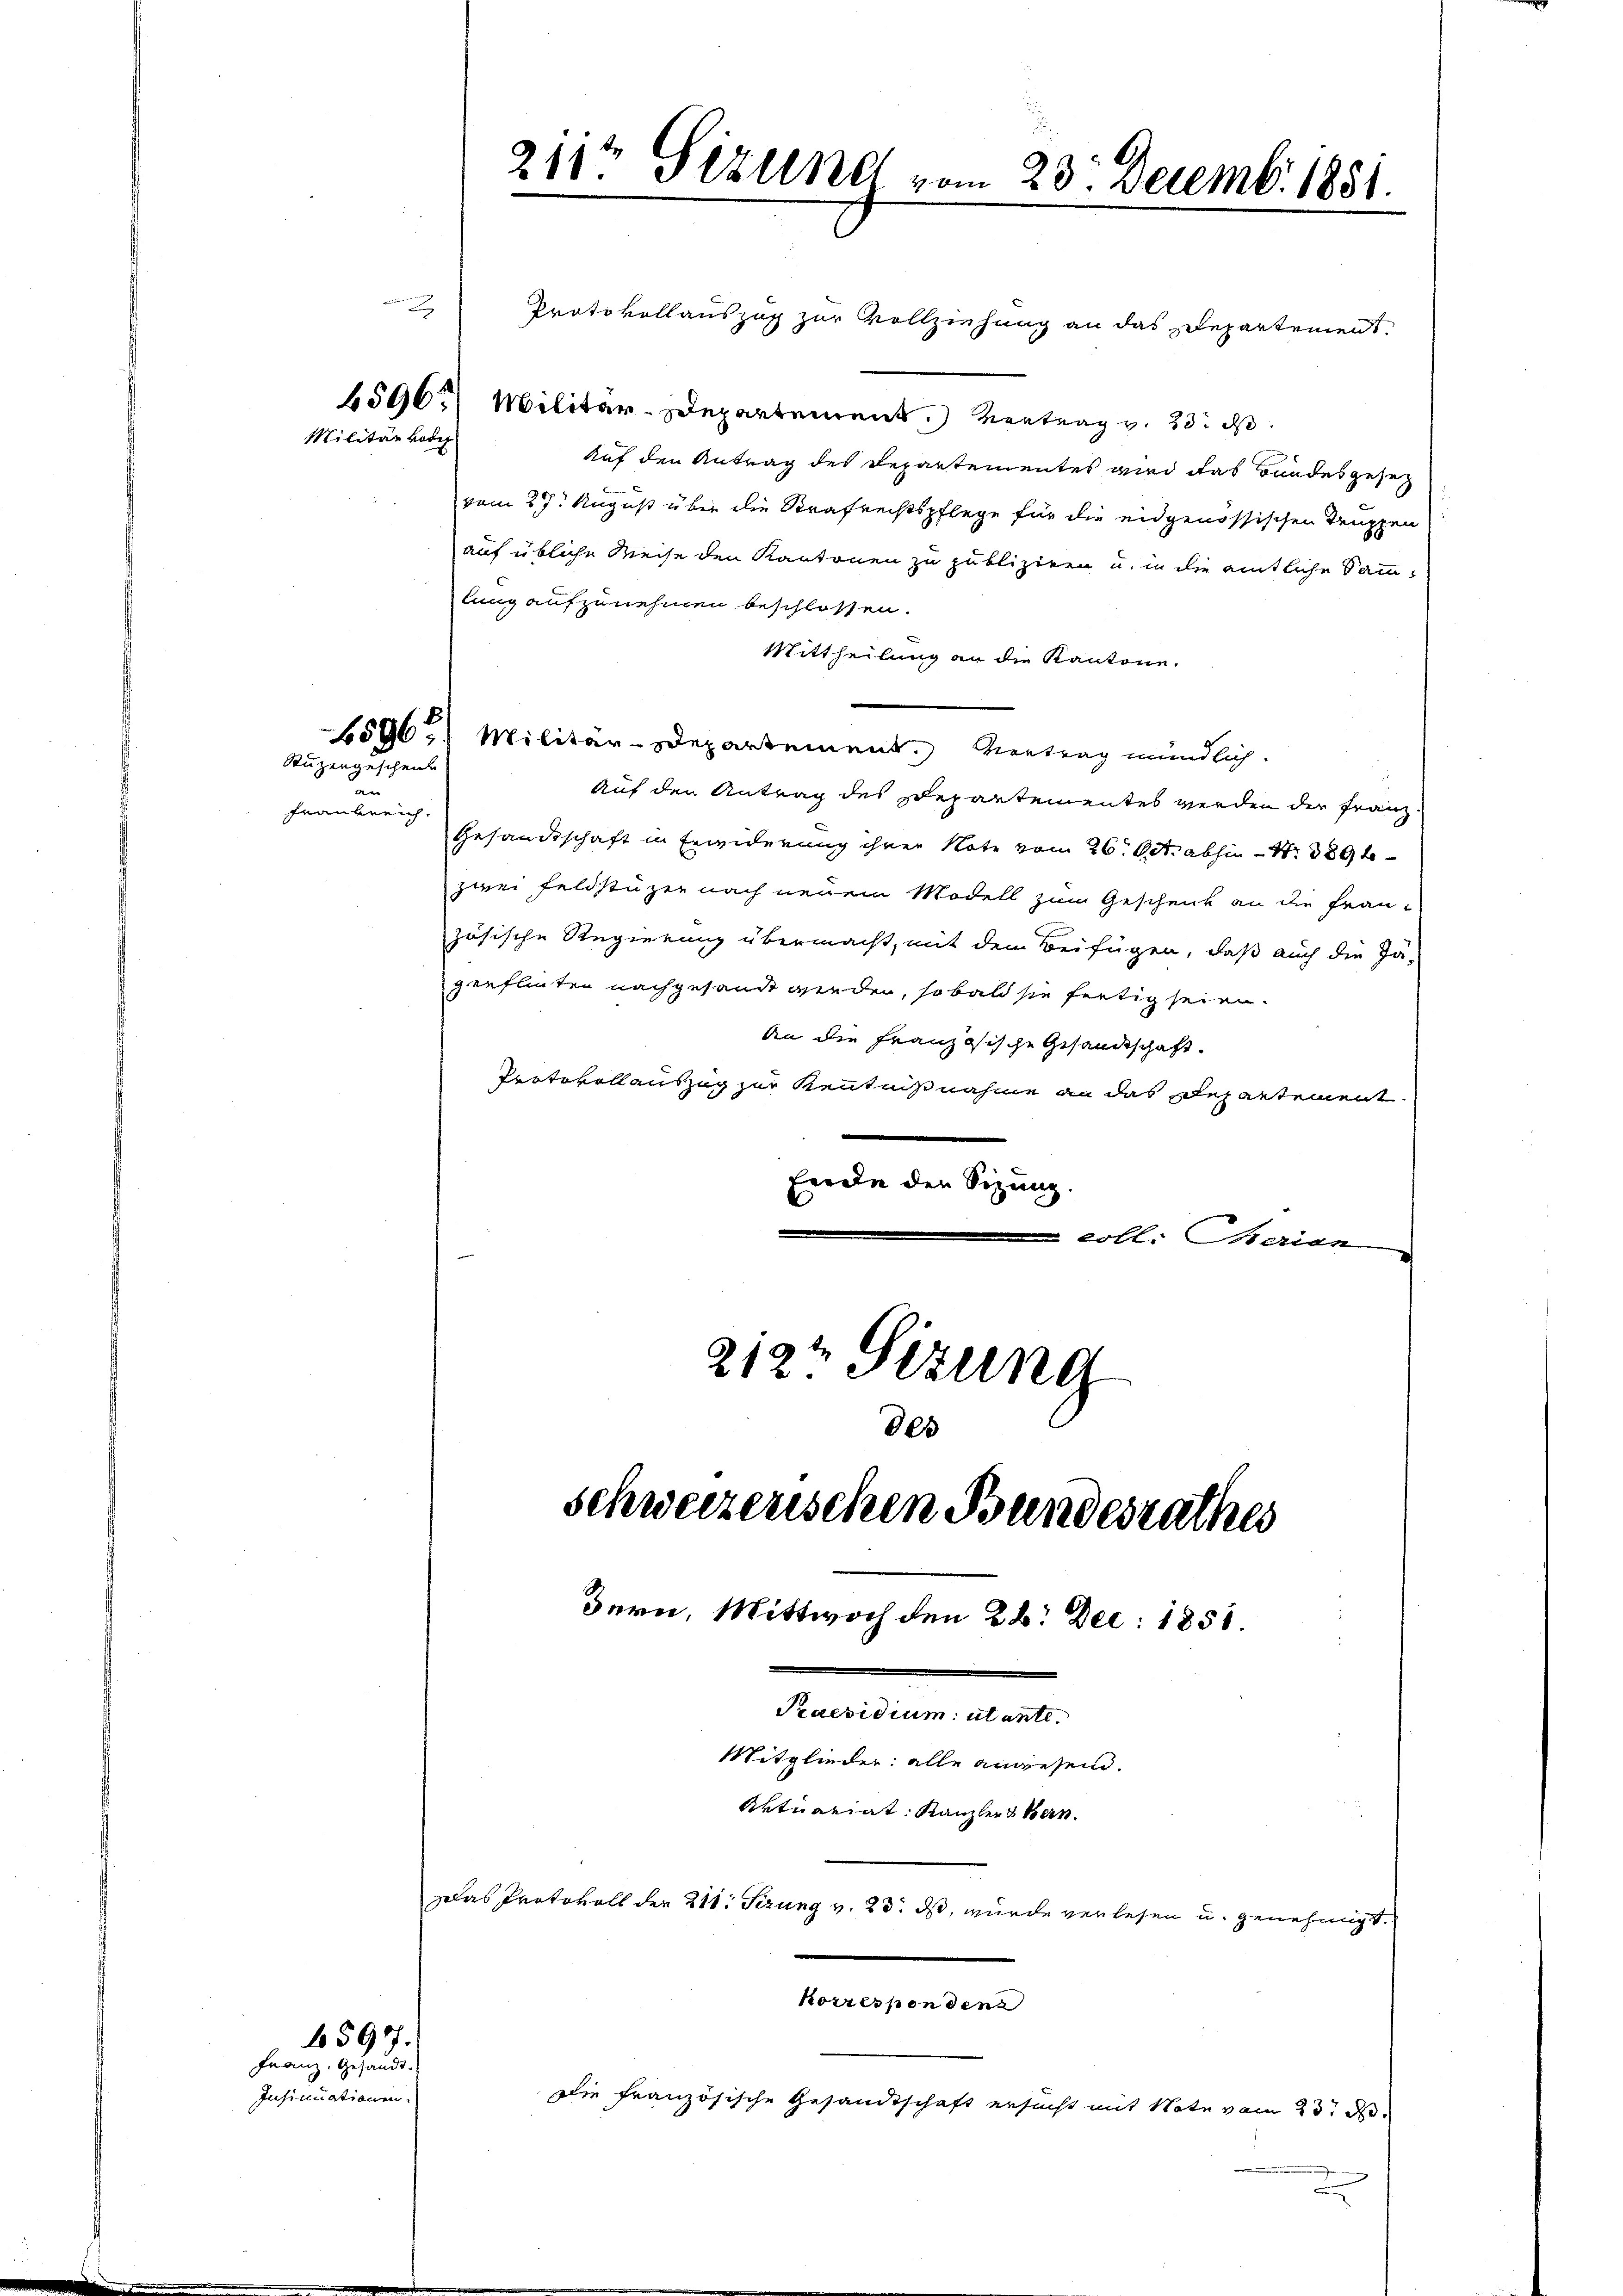
2

Militär Bode

Stuzengeschenk

u
fräuberich

65977.
Franz. Gesandt.
Insinuationen.

Protokollauszug zur Vollziehung an das Departement.
4596) Militar-Departement. Vertrag v. 23. d.
Auf den Antrag des Departementes wird das Bandesgesez
vom 27. August über die Strafrechtspflege für die eidgenössischen Truppen
auf übliche Weise den Kantonen zu publiziren u. in die amtliche Sammlung aufzunehmen beschlossen.
Mittheilung an die Kantone.
1596. Militär-Departement. Vertrag mündlich.
Auf den Antrag des Departementes werden der Franz-
Gesandtschaft in Erwiderung ihrer Note vom 26. Oct. abhin Nr. 389 f
zwei Feldstüzen nach neuem Modell zum Geschenk an die Frau-
zösische Regierung übermacht, mit dem Beifügen, daß auch die Jä-
genflicten nachgesandt werden, so bald sie fertig seien.
An die Französische Gesandtschaft.
Protokollauszug zur Kenntnißnahme an das Departement.
Forde der Sitzung.
 coll. Berien
212 Sizung

211t Sizung vom 23. Decemb. 1881.

schweizerischen Bundesrathes
Bern, Mittwoch den 26. Dec. 1858.
Praesidium ulante.
Mitglieder: alle angesend.
Aktuariat. Kanzler Bern
Das Protokoll der 211. Sizung v. 23. ds, wurde verlesen u. genehmigt.
korrespondenz
Die französische Gesandtschaft ersucht mit Note vom 23. d.

800